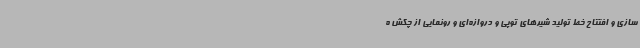
سازی و افتتاح خط تولید شیرهای توپی و دروازه‌ای و رونمایی از چکش ه